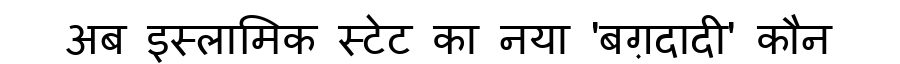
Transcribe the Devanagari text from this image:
अब इस्लामिक स्टेट का नया 'बग़दादी' कौन